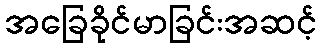
အခြေခိုင်မာခြင်းအဆင့်